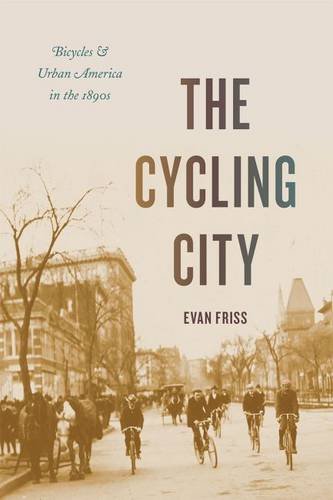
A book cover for The Cycling City: Bicycles and Urban America in the 1890s (Historical Studies of Urban America); Evan Friss; Sports & Outdoors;